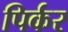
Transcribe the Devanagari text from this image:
पिर्कर